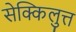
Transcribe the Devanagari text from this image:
सेक्किलुत्त